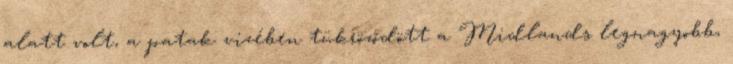
alatt volt, a patak vizében tükröződött a Midlands legnagyobb,